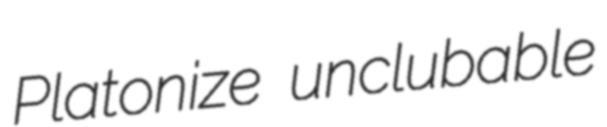
Platonize unclubable